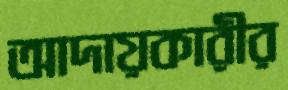
আদায়কারীর